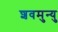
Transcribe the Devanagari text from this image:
शवमुन्यु